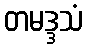
တမဒ္ဒသံ